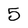
Character: 5